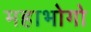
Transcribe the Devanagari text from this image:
महाभोगो